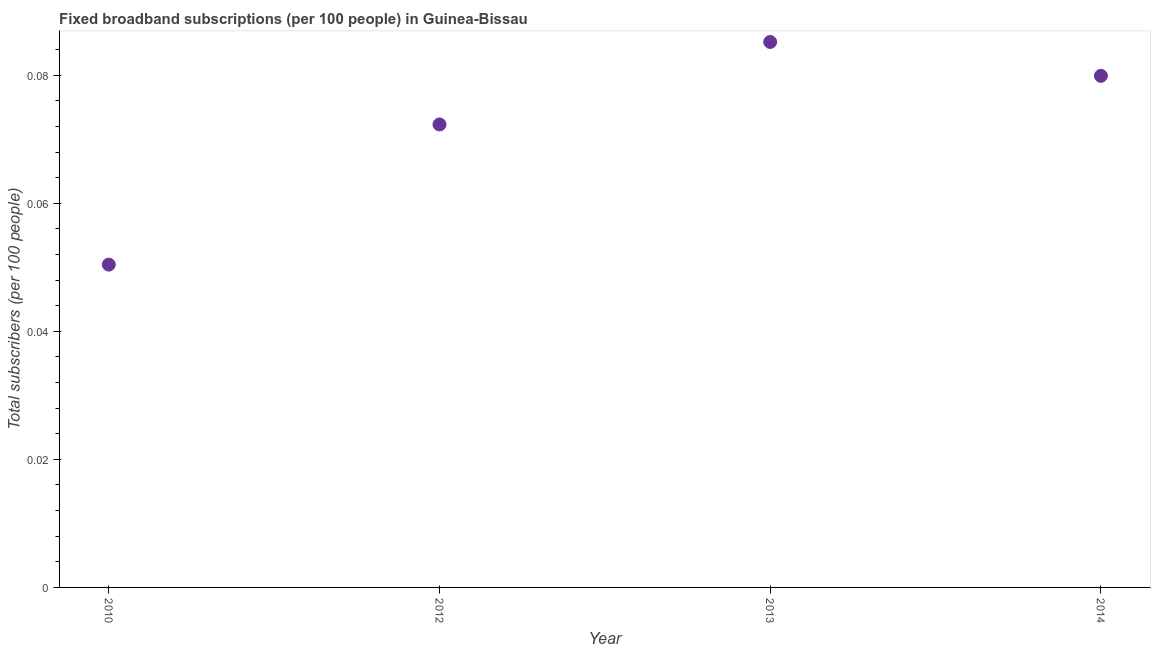
| Year | Fixed broadband subscriptions (per 100 people) |
 | --- | --- |
 | 2010 | 0.0504 |
 | 2012 | 0.0723 |
 | 2013 | 0.0852 |
 | 2014 | 0.0799 |